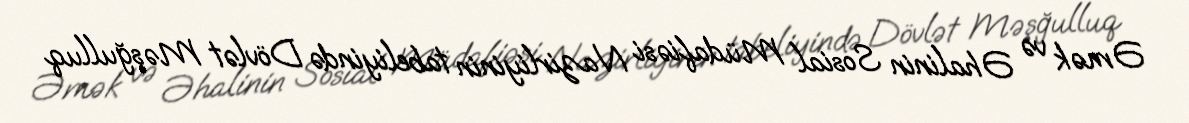
Əmək və Əhalinin Sosial Müdafiəsi Nazirliyinin tabeliyində Dövlət Məşğulluq